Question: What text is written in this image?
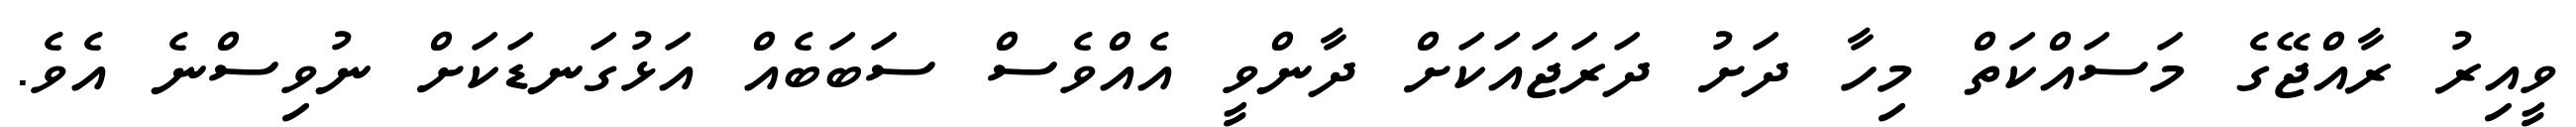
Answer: ވީއިރު ރާއްޖޭގެ މަސައްކަތް މިހާ ދަށު ދަރަޖައަކަށް ދާންވީ އެއްވެސް ސަބަބެއް އަޅުގަނޑަކަށް ނުވިސްނެ އެވެ.